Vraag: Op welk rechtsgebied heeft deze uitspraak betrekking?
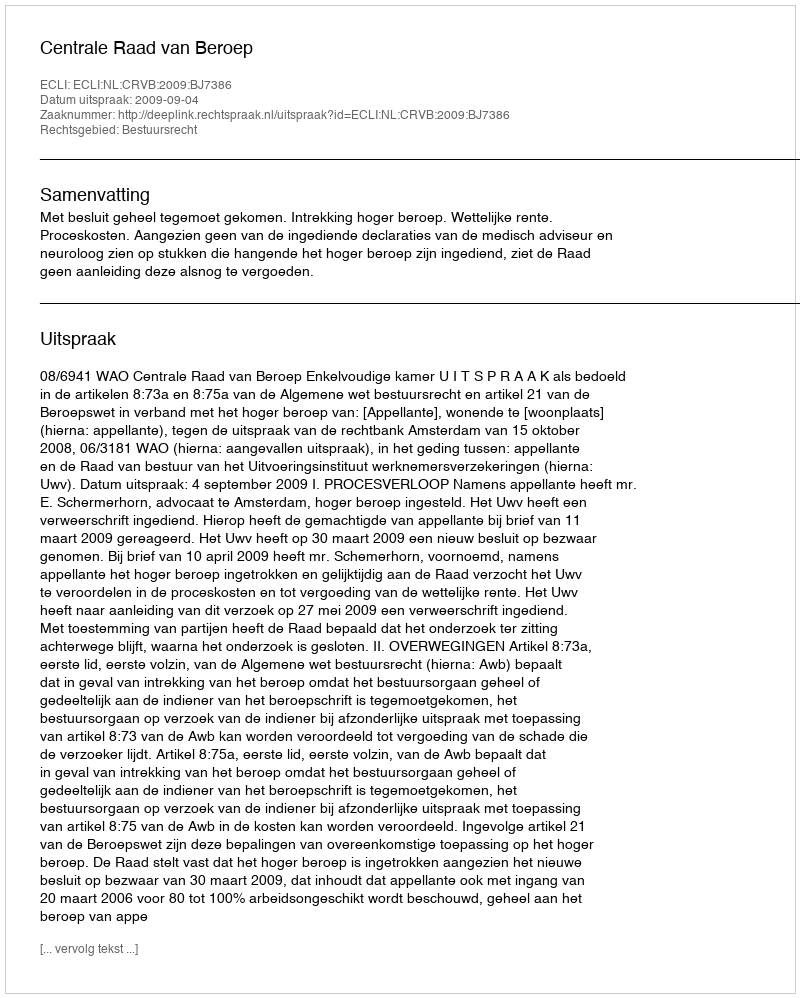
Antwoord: Bestuursrecht